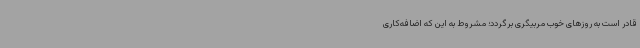
قادر است به روزهای خوب مربیگری برگردد؛ مشروط به این که اضافه‌کاری